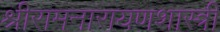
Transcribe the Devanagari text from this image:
श्रीरामनारायणशास्त्री